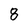
Character: 8